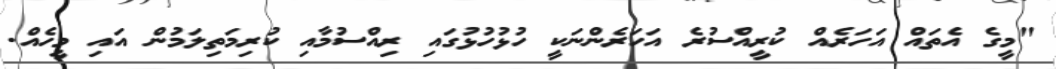
"މީގެ އެތައް އަހަރެއް ކުރީއްސުރެ އަހަރެންނަކީ ހުޅުހުޅުގައި ރިއްސުމާއި ކުރިމަތިލަމުން އައި މީހެއް.